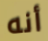
أنه